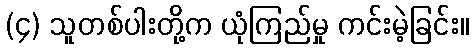
(၄) သူတစ်ပါးတို့က ယုံကြည်မှု ကင်းမဲ့ခြင်း။